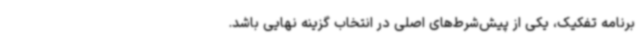
برنامه تفکیک، یکی از پیش‌شرط‌های اصلی در انتخاب گزینه نهایی باشد.